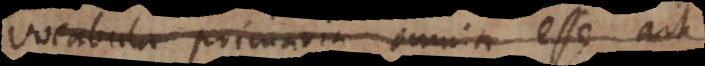
vocabula primaria omnia esse ait